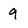
Character: 9